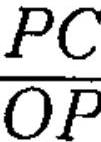
$\frac{PC}{OP}$